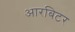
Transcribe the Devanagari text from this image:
आरबिटर